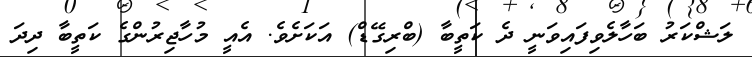
ލަޝްކަރު ބަހާލެވިފައިވަނީ ދެ ކަތީބާ (ބްރިގޭޑް) އަކަށެވެ. އެއީ މުހާޖިރުންގެ ކަތީބާ ދިދަ